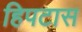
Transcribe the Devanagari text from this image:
हिपटास